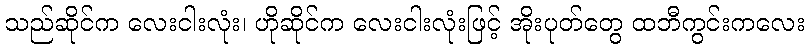
သည်ဆိုင်က လေးငါးလုံး၊ ဟိုဆိုင်က လေးငါးလုံးဖြင့် အိုးပုတ်တွေ ထဘီကွင်းကလေး